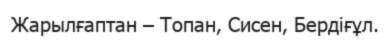
Жарылғаптан – Топан, Сисен, Бердіғұл.